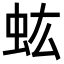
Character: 𧈽